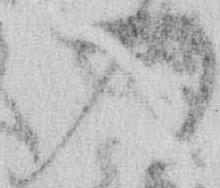
入